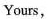
Yours,